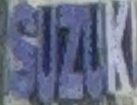
SUZUK